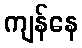
ကျန်နေ